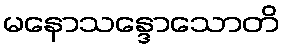
မနောသန္ဒောသောတိ